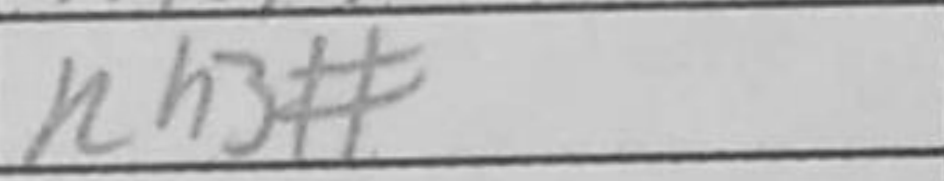
Transcription: Kh8